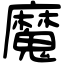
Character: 魔